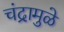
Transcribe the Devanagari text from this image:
चंद्रामुळे